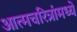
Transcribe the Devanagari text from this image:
आत्मचरित्रांमध्ये